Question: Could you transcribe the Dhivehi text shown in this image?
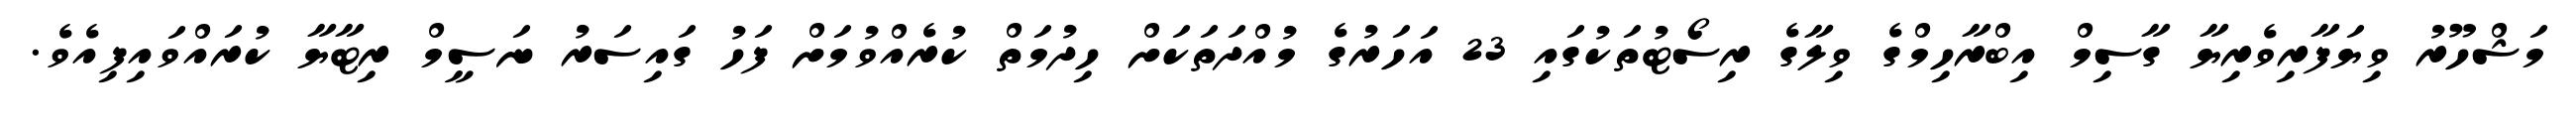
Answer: މަޝްހޫރު ވިޔަފާރިވެރިޔާ ގާސިމް އިބްރާހިމްގެ ވިލާގެ ރިސޯޓުތަކުގައި 23 އަހަރުގެ މުއްދަތަކަށް ހިދުމަތް ކުރެއްވުމަށް ފަހު ގައިސަރު ނަސީމް ރިޓާޔާ ކުރައްވައިފިއެވެ.